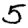
Digit: 5